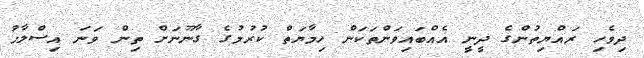
ދިވެހި ރައްޔިތުންގެ ދީނީ އެއްބައިވަންތަކަން ހިމާޔަތް ކުރުމުގެ ގާނޫނަށް ތިން ވަނަ އިސްލާހު